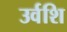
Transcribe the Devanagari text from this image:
उर्वशि